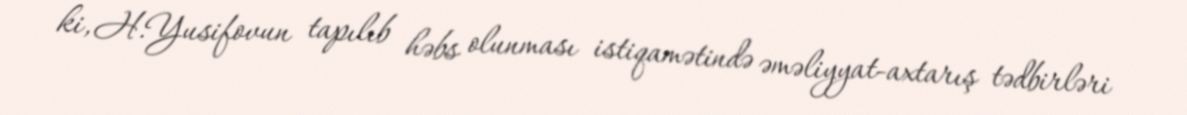
ki, H.Yusifovun tapılıb həbs olunması istiqamətində əməliyyat-axtarış tədbirləri